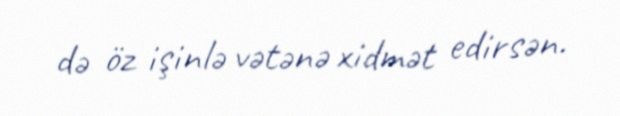
də öz işinlə vətənə xidmət edirsən.